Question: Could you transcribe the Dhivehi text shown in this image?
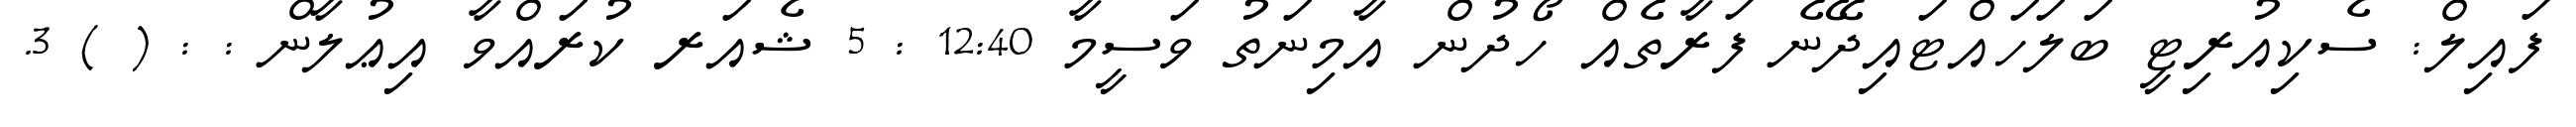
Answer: ފައިލް: ސެކިއުރިޓީ ބަލަހައްޓައިދޭނެ ފަރާތެއް ހޯދުން އާމިނަތު ވަސީމާ 12:40 : 5 ޝެއަރ ކުރައްވާ އިޢުލާން : : ( ) 3.